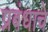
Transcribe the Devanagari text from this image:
प्रबंधाचे